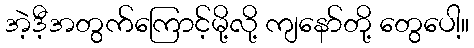
အဲ့ဒီ့အတွက်ကြောင့်မို့လို့ ကျနော်တို့ တွေပေါ့။